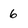
Character: 6